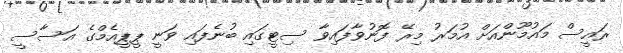
ރައީސް މައުމޫންއަށް އުމަރު މިރޭ ފޮނުވާފައިވާ ސިޓީގައި ބުނެފައި ވަނީ ޕީޕީއެމްގެ އަސާސީ